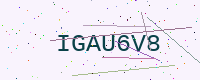
Text: IGAU6V8